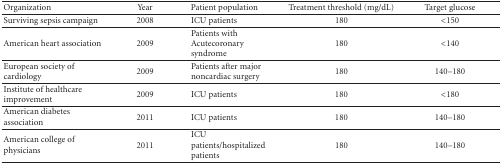
| Organization | Year | Patient population | Treatment threshold (mg/dL) | Target glucose |
 | --- | --- | --- | --- | --- |
 | Surviving sepsis campaign | 2008 | ICU patients | 180 | <150 |
 | American heart association | 2009 | Patients with Acutecoronary syndrome | 180 | <140 |
 | European society of cardiology | 2009 | Patients after major noncardiac surgery | 180 | 140–180 |
 | Institute of healthcare improvement | 2009 | ICU patients | 180 | <180 |
 | American diabetes association | 2011 | ICU patients | 180 | 140–180 |
 | American college of physicians | 2011 | ICU patients/hospitalized patients | 180 | 140–180 |